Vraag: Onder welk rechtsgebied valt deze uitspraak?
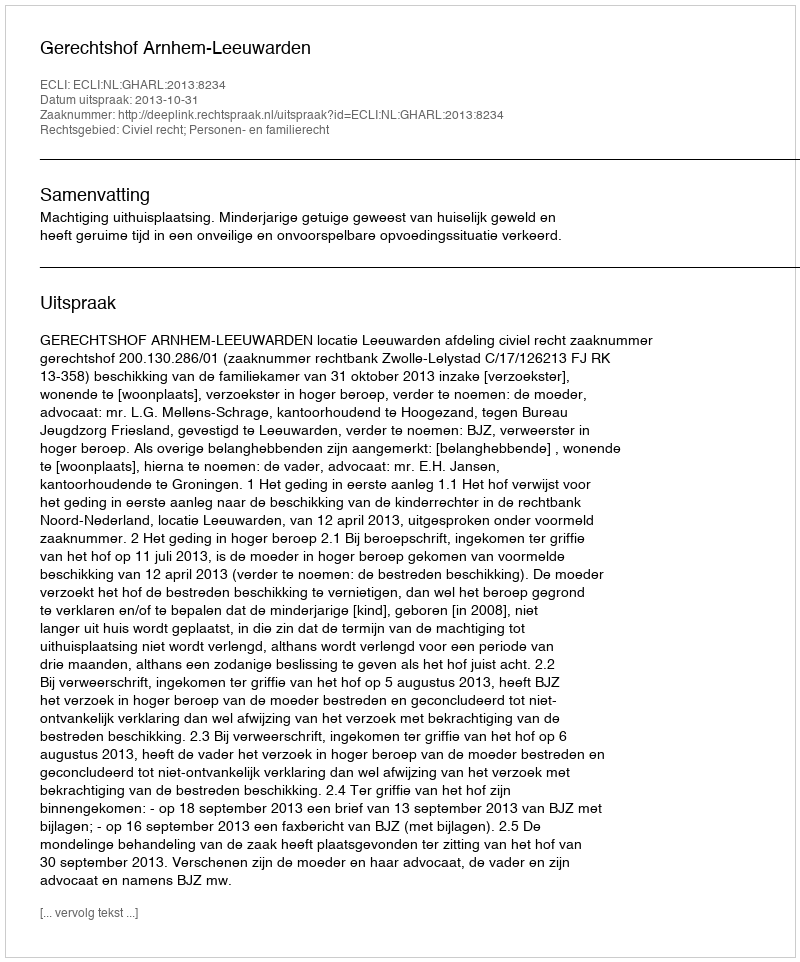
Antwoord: Civiel recht; Personen- en familierecht